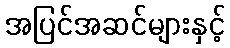
အပြင်အဆင်များနှင့်